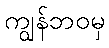
ကျွန်ဘဝမှ